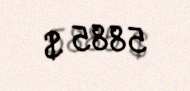
5885 $